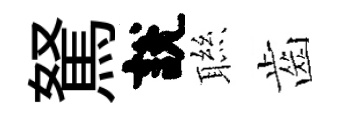
駑說聮齒